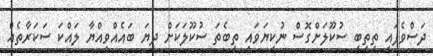
ދަސްވެފައި ތިތިބީ ސުކޫލަށްގޮސް ނުކިޔަވައި ތިބެތަ ސުކޫލަކަށް ދިޔަ ބައެއްވިއްޔާ ލައްކަ ސަކަރާތެއް